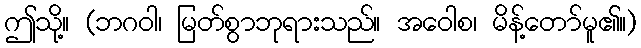
ဤသို့။ (ဘဂဝါ၊ မြတ်စွာဘုရားသည်။ အဝေါစ၊ မိန့်တော်မူ၏။)